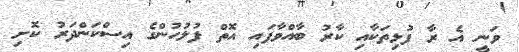
ވަނީ އެ ރާ ފުޅިތަކާއި ކާރު ބާއްވާފައި އޮތް ފުލުހުންގެ އިސްކަންދަރު ކޮށި